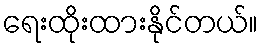
ရေးထိုးထားနိုင်တယ်။